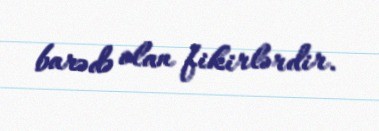
barədə olan fikirlərdir.